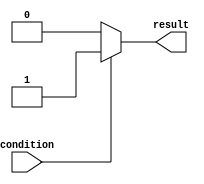
module if_else_statement (
    input wire condition,
    output reg result
);

always @*
begin
    if (~condition) // Checking if the condition is not true
    begin
        // Statements within the else block
        result <= 0;
    end
    else
    begin
        // Statements within the if block
        result <= 1;
    end
end

endmodule